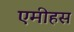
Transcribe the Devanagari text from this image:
एमीहस